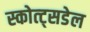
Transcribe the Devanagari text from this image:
स्कोत्ट्सडेल